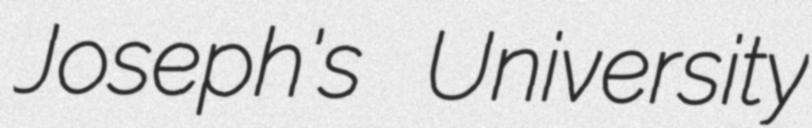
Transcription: Joseph's University